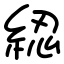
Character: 綛